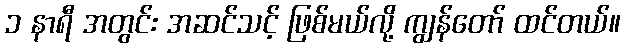
၁ နာရီ အတွင်း အဆင်သင့် ဖြစ်မယ်လို့ ကျွန်တော် ထင်တယ်။